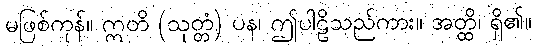
မဖြစ်ကုန်။ ဣတိ (သုတ္တံ) ပန၊ ဤပါဠိသည်ကား။ အတ္ထိ၊ ရှိ၏။